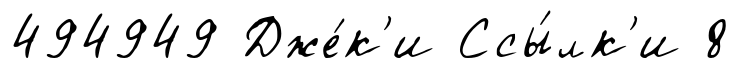
494949 Дже́к'и Ссы́лк'и 8